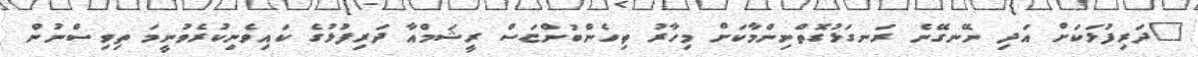
"ދަރިފުޅަކަށް އަދި ނޭނގޭނެ ރަނގަޅުގޮތްނިންމާކަށް މިހާރު ތިހެންބުންޏަސް ރީޝަމްއާ ދަރިފުޅުގެ ކައިވެނިކުރެވުނީމަ ތިވިސްނުން